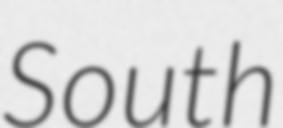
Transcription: South